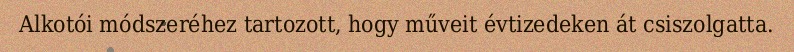
Alkotói módszeréhez tartozott, hogy műveit évtizedeken át csiszolgatta.